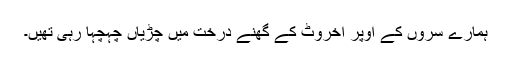
ہمارے سروں کے اوپر اخروٹ کے گھنے درخت میں چڑیاں چہچہا رہی تھیں۔